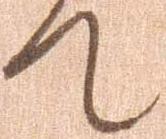
て